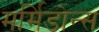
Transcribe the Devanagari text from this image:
मर्मिडोन्स